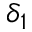
\delta _ { 1 }